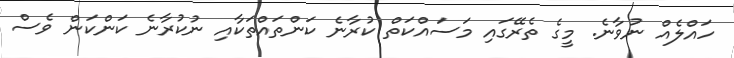
ހައްލެއް ނުވާނެ. މީގެ ތެރޭގައި މަސައްކަތް ކުރާނެ ކަންތައްތަކާއި ނުކުރާނެ ކަންކަން ވެސް